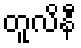
တူလိနီ